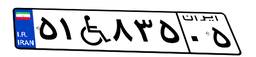
۵۱W۸۳۵۰۵